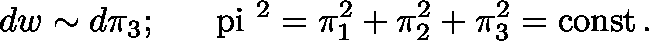
d w \sim d \pi _ { 3 } ; \ \ \ \mathrm { { \boldmath ~ \ p i ~ } } ^ { 2 } = \pi _ { 1 } ^ { 2 } + \pi _ { 2 } ^ { 2 } + \pi _ { 3 } ^ { 2 } = \mathrm { c o n s t } \, .